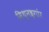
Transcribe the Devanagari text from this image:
मिथुनश्रृगांर